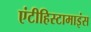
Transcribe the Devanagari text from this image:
एंटीहिस्टामाइंस